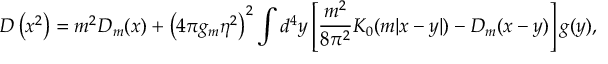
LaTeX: { \cal D } \left( x ^ { 2 } \right) = m ^ { 2 } D _ { m } ( x ) + \left( 4 \pi g _ { m } \eta ^ { 2 } \right) ^ { 2 } \int d ^ { 4 } y \left[ \frac { m ^ { 2 } } { 8 \pi ^ { 2 } } K _ { 0 } ( m | x - y | ) - D _ { m } ( x - y ) \right] g ( y ) ,